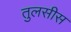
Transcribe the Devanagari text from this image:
तुलसीस